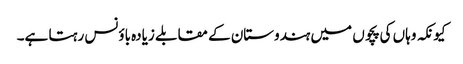
کیونکہ وہاں کی پچوں میں ہندوستان کے مقابلے زیادہ باؤنس رہتا ہے۔